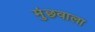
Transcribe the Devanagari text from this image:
मुंछवाला